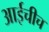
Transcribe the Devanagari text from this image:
आईचीच